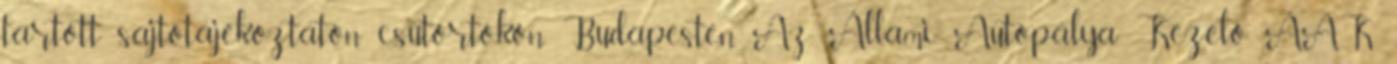
tartott sajtótájékoztatón csütörtökön Budapesten. Az Állami Autópálya Kezelő ÁAK